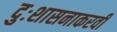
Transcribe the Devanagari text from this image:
दुःशासनाकरवी